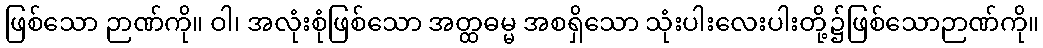
ဖြစ်သော ဉာဏ်ကို။ ဝါ၊ အလုံးစုံဖြစ်သော အတ္ထဓမ္မ အစရှိသော သုံးပါးလေးပါးတို့၌ဖြစ်သောဉာဏ်ကို။